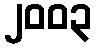
၂၀၀၃